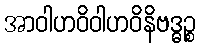
အာဝါဟဝိဝါဟဝိနိဗဒ္ဓဉ္စ